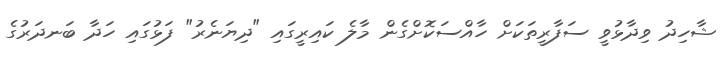
ޝާހިދު ވިދާޅުވީ ސަފާރީތަކަށް ހާއްސަކޮށްގެން މާލެ ކައިރީގައި "ދިޔަނެރު" ފަޅުގައި ހަދާ ބަނދަރުގެ